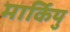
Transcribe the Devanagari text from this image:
मार्कियु